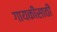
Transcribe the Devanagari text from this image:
गायकीसाठी